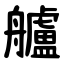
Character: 艫